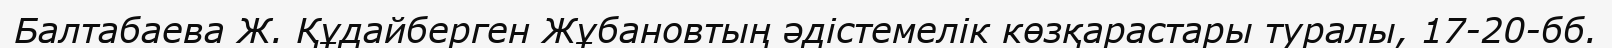
Балтабаева Ж. Құдайберген Жұбановтың әдістемелік көзқарастары туралы, 17-20-бб.